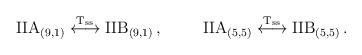
LaTeX: \begin{align*}{\rm IIA}_{(9,1)} \stackrel{{\rm T_{ss}}}{\longleftrightarrow} {\rm IIB}_{(9,1)}\, ,\hskip 1truecm{\rm IIA}_{(5,5)} \stackrel{\rm T_{ss}}{\longleftrightarrow} {\rm IIB}_{(5,5)}\, .\end{align*}